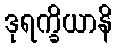
ဒုရက္ခိယာနိ